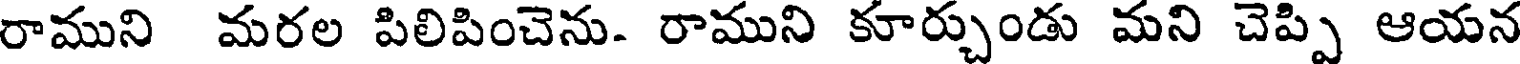
రాముని మరల పిలిపించెను. రాముని కూర్చుండు మని చెప్పి ఆయన